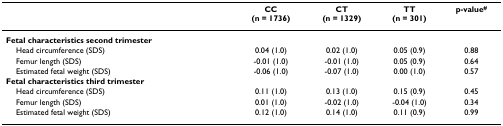
<table><thead><tr><td></td><td><b>CC(n = 1736)</b></td><td><b>CT(n = 1329)</b></td><td><b>TT(n = 301)</b></td><td><b>p-value<sup>#</sup></b></td></tr></thead><tbody><tr><td><b>Fetal characteristics second trimester</b></td><td></td><td></td><td></td><td></td></tr><tr><td> Head circumference (SDS)</td><td>0.04 (1.0)</td><td>0.02 (1.0)</td><td>0.05 (0.9)</td><td>0.88</td></tr><tr><td> Femur length (SDS)</td><td>-0.01 (1.0)</td><td>-0.01 (1.0)</td><td>0.05 (0.9)</td><td>0.64</td></tr><tr><td> Estimated fetal weight (SDS)</td><td>-0.06 (1.0)</td><td>-0.07 (1.0)</td><td>0.00 (1.0)</td><td>0.57</td></tr><tr><td><b>Fetal characteristics third trimester</b></td><td></td><td></td><td></td><td></td></tr><tr><td> Head circumference (SDS)</td><td>0.11 (1.0)</td><td>0.13 (1.0)</td><td>0.15 (0.9)</td><td>0.45</td></tr><tr><td> Femur length (SDS)</td><td>0.01 (1.0)</td><td>-0.02 (1.0)</td><td>-0.04 (1.0)</td><td>0.34</td></tr><tr><td> Estimated fetal weight (SDS)</td><td>0.12 (1.0)</td><td>0.14 (1.0)</td><td>0.11 (0.9)</td><td>0.99</td></tr></tbody></table>